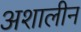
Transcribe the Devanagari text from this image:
अशालीन